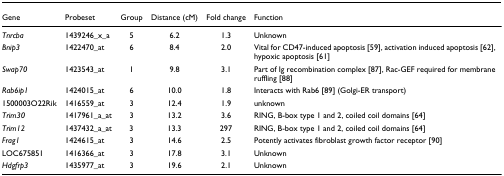
<table><thead><tr><td><b>Gene</b></td><td><b>Probeset</b></td><td><b>Group</b></td><td><b>Distance (cM)</b></td><td><b>Fold change</b></td><td><b>Function</b></td></tr></thead><tbody><tr><td><i>Tnrcba</i></td><td>1439246_x_a</td><td>5</td><td>6.2</td><td>1.3</td><td>Unknown</td></tr><tr><td><i>Bnip3</i></td><td>1422470_at</td><td>6</td><td>8.4</td><td>2.0</td><td>Vital for CD47-induced apoptosis [59], activation induced apoptosis [62], hypoxic apoptosis [61]</td></tr><tr><td><i>Swap70</i></td><td>1423543_at</td><td>1</td><td>9.8</td><td>3.1</td><td>Part of Ig recombination complex [87], Rac-GEF required for membrane ruffling [88]</td></tr><tr><td><i>Rab6ip1</i></td><td>1424015_at</td><td>6</td><td>10.0</td><td>1.8</td><td>Interacts with Rab6 [89] (Golgi-ER transport)</td></tr><tr><td>1500003O22Rik</td><td>1416559_at</td><td>3</td><td>12.4</td><td>1.9</td><td>unknown</td></tr><tr><td><i>Trim30</i></td><td>1417961_a_at</td><td>3</td><td>13.2</td><td>3.6</td><td>RING, B-box type 1 and 2, coiled coil domains [64]</td></tr><tr><td><i>Trim12</i></td><td>1437432_a_at</td><td>3</td><td>13.3</td><td>297</td><td>RING, B-box type 1 and 2, coiled coil domains [64]</td></tr><tr><td><i>Frag1</i></td><td>1424615_at</td><td>3</td><td>14.6</td><td>2.5</td><td>Potently activates fibroblast growth factor receptor [90]</td></tr><tr><td>LOC675851</td><td>1416366_at</td><td>3</td><td>17.8</td><td>3.1</td><td>Unknown</td></tr><tr><td><i>Hdgfrp3</i></td><td>1435977_at</td><td>3</td><td>19.6</td><td>2.1</td><td>Unknown</td></tr></tbody></table>